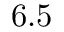
6 . 5